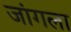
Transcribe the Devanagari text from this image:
जांगला